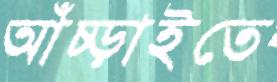
আঁচ্‌ড়াইতে